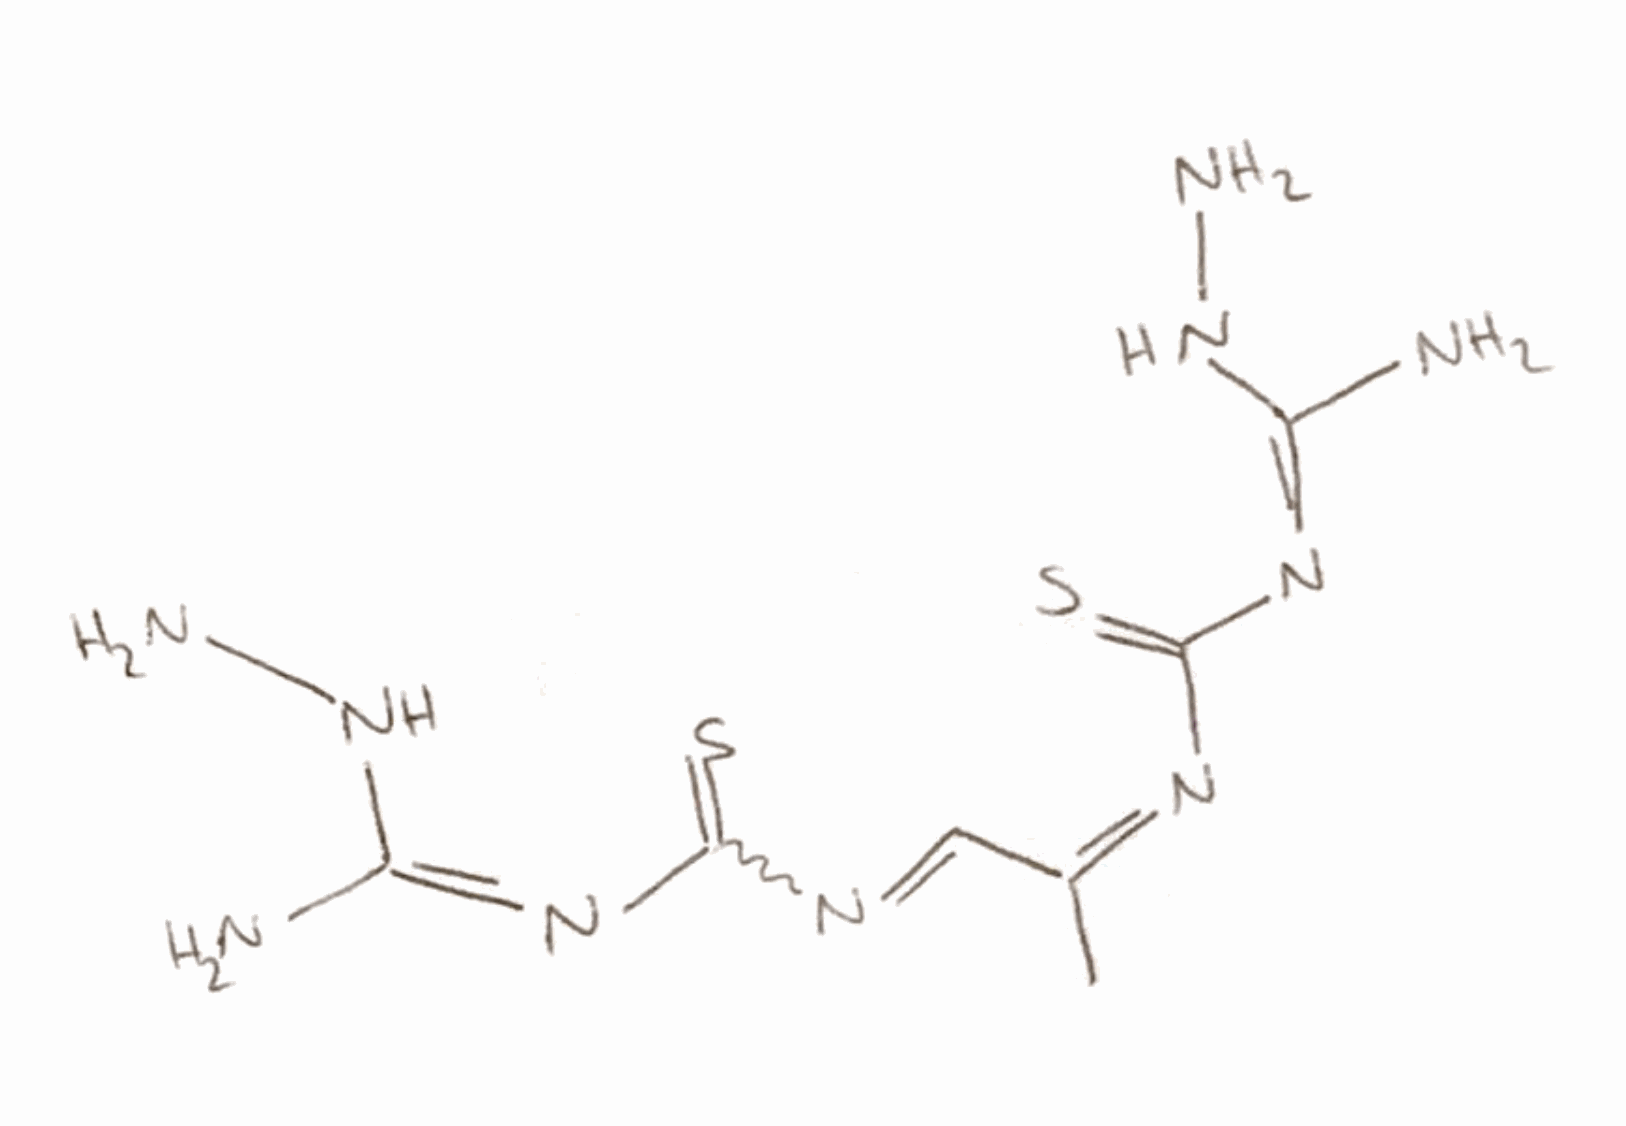
Simplified molecular-input line-entry system (SMILES) notation of the given molecule:
C/C(=N/C(=S)/N=C(/N)\NN)/C=NC(=S)/N=C(/N)\NN